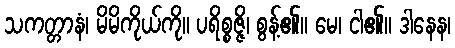
သကတ္တာနံ၊ မိမိကိုယ်ကို။ ပရိစ္စဇ္ဇိ၊ စွန့်၏။ မေ၊ ငါ၏။ ဒါနေန၊